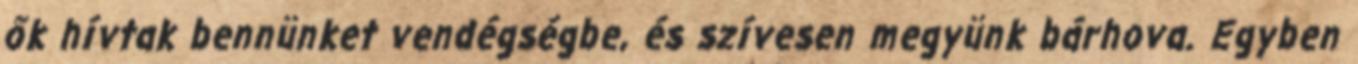
ők hívtak bennünket vendégségbe, és szívesen megyünk bárhova. Egyben